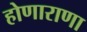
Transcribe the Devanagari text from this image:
होणाराणा